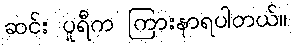
ဆင်း ပူရီက ကြားနာရပါတယ်။